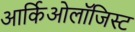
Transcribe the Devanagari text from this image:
आर्किओलॉजिस्ट